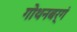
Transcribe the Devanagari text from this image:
गोथनबर्गं